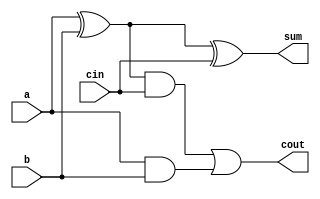
module final_adder2(a,b,cin,sum,cout
    );
	
	 input a,b,cin;
	 output sum,cout;
	 wire w1,w2,w3,w4;
	 xor a1(w1,a,b);
	 xor a2(sum,w1,cin);
	 and a3(w2,a,b);
	 xor a4(w3,a,b);
	 and a5(w4,w3,cin);
	 or a6(cout,w4,w2);


endmodule

module RCA_4adder(X,Y,C,S,Cout);

 input [7:0]X,Y;
 input C;
 output [7:0]S;
 output Cout;
 wire w1,w2,w3,w4,w5,w6,w7,w8;
   final_adder2 a1(X[0],Y[0],C,S[0],w1);
   final_adder2 a2(X[1],Y[1],w1,S[1],w2);
   final_adder2 a3(X[2],Y[2],w2,S[2],w3);
   final_adder2 a4(X[3],Y[3],w3,S[3],w4);
   final_adder2 a5(X[4],Y[4],w4,S[4],w5);
   final_adder2 a6(X[5],Y[5],w5,S[5],w6);
   final_adder2 a7(X[6],Y[6],w6,S[6],w7);
   final_adder2 a8(X[7],Y[7],w7,S[7],Cout);
  


endmodule